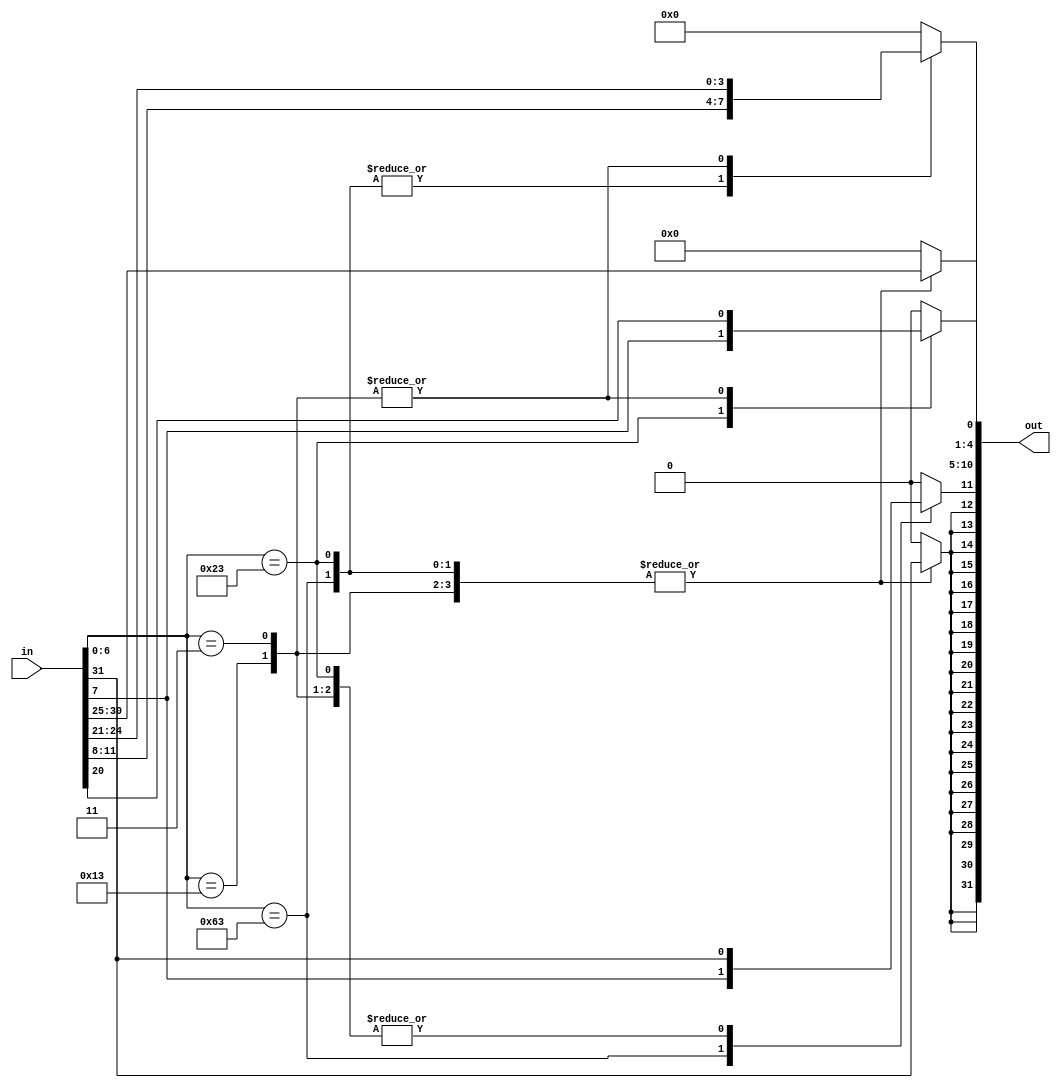
`timescale 1ns / 1ps
//////////////////////////////////////////////////////////////////////////////////
// Company: 
// Engineer: 
// 
// Design Name: 
// Module Name: imm_gen
// Project Name: 
// Target Devices: 
// Tool Versions: 
// Description: 
// 
// Dependencies: 
// 
// Revision:
// Revision 0.01 - File Created
// Additional Comments:
// 
//////////////////////////////////////////////////////////////////////////////////


module imm_gen(input [31:0] in, output reg [31:0] out );

integer i;
always@(in)begin
    case (in[6:0])
        7'b1100011:begin //beq, bne, blt, bge ,bltu,bgeu opecode B
                        out[0] = 0;
                        out[4:1] = in[11:8];
                        out[10:5] = in[30:25];
                        out[11] = in[7];
                        for ( i=12; i < 32; i = i +1) begin
                            out[i] = in[31];
                        end
                   end
        7'b0100011:begin //sw opecode S
                        out[0] = in[7];
                        out[4:1] = in[11:8];
                        out[10:5] = in[30:25];
                        for ( i=11; i < 32; i = i +1) begin
                            out[i] = in[31];
                        end
                   end
        7'b0010011:begin //addi,andi,ori,xori,slti,sltiu,srli,srai,slli opecode I
                        out[0] = in[20];
                        out[4:1] = in[24:21];
                        out[10:5] = in[30:25];
                        for ( i=11; i < 32; i = i +1) begin
                            out[i] = in[31];
                        end
                   end
        7'b0000011:begin //lw opecode I
                        out[0] = in[20];
                        out[4:1] = in[24:21];
                        out[10:5] = in[30:25];
                        for ( i=11; i < 32; i = i +1) begin
                            out[i] = in[31];
                        end
                    end
        default: out = 32'b0;  
    endcase
    
end

endmodule